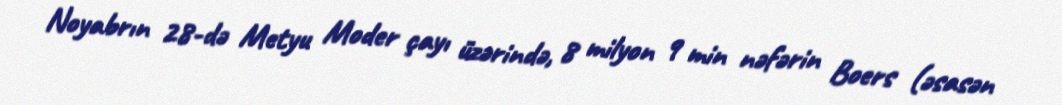
Noyabrın 28-də Metyu Moder çayı üzərində, 8 milyon 9 min nəfərin Boers (əsasən